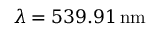
\lambda = 5 3 9 . 9 1 \, \mathrm { { n m } }